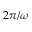
2 \pi / \omega